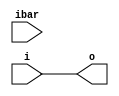
module cycloneive_io_ibuf_1
  (output o, input i, input ibar);
   assign ibar = ibar;
   assign o    = i;
endmodule